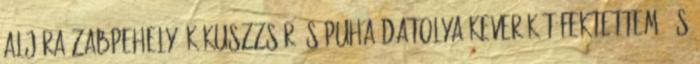
aljára zabpehely, kókuszzsír és puha datolya keverékét fektettem, és